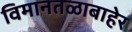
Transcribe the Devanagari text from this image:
विमानतळाबाहेर